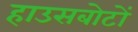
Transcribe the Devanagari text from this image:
हाउसबोटों